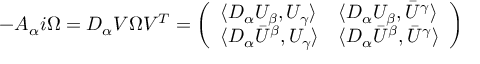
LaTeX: - { \cal A } _ { \alpha } i \Omega = { \cal D } _ { \alpha } { \cal V } \Omega { \cal V } ^ { T } = \left( \begin{array} { l l } { { \langle { \cal D } _ { \alpha } U _ { \beta } , U _ { \gamma } \rangle } } & { { \langle { \cal D } _ { \alpha } U _ { \beta } , \bar { U } ^ { \gamma } \rangle } } \\ { { \langle { \cal D } _ { \alpha } \bar { U } ^ { \beta } , U _ { \gamma } \rangle } } & { { \langle { \cal D } _ { \alpha } \bar { U } ^ { \beta } , \bar { U } ^ { \gamma } \rangle } } \end{array} \right)